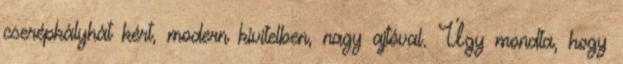
cserépkályhát kért, modern kivitelben, nagy ajtóval. Úgy mondta, hogy